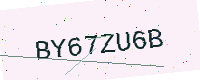
Text: BY67ZU6B